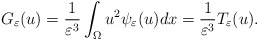
\begin{align*}G_{\varepsilon}(u)=\frac{1}{\varepsilon^{3}}\int_{\Omega}u^{2}\psi_{\varepsilon}(u)dx=\frac{1}{\varepsilon^{3}}T_{\varepsilon}(u).\end{align*}